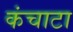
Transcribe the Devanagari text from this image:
कंचाटा